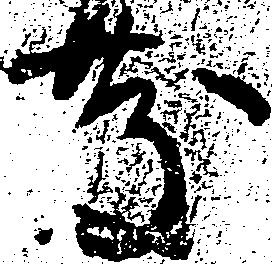
慶